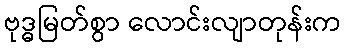
ဗုဒ္ဓမြတ်စွာ လောင်းလျာတုန်းက